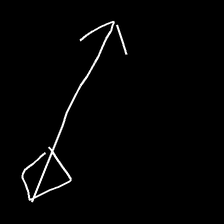
Glyph: focus